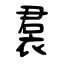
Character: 裠